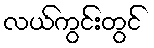
လယ်ကွင်းတွင်